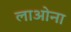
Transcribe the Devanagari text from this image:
लाओना